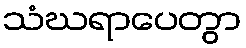
သံဃရာပေတွာ